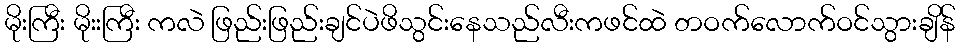
မိုးကြီး မိုးးကြီး ကလဲ ဖြည်းဖြည်းချင်ပဲဖိသွင်းနေသည်လီးကဖင်ထဲ တဝက်လောက်ဝင်သွားချိန်